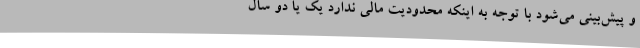
و پیش‌بینی می‌شود با توجه به اینکه محدودیت مالی ندارد یک یا دو سال